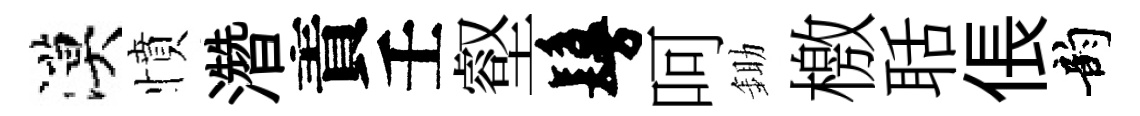
漠憤濳責壬壑鬘呵鋤檄聒倀韵